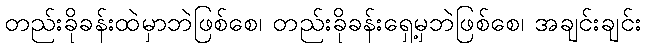
တည်းခိုခန်းထဲမှာဘဲဖြစ်စေ၊ တည်းခိုခန်းရှေ့မှဘဲဖြစ်စေ၊ အချင်းချင်း